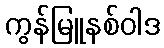
ကွန်မြူနစ်ဝါဒ